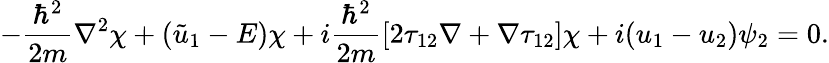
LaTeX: -{\frac{\hbar^{2}}{2m}}\nabla^{2}\chi+({\tilde{u}}_{1}-E)\chi+i{\frac{\hbar^{2}}{2m}}[2\mathbf{\tau}_{12}\nabla+\nabla\mathbf{\tau}_{12}]\chi+i(u_{1}-u_{2})\psi_{2}=0.